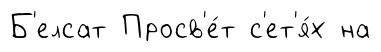
Б'елсат Просв'е́т с'ет'я́х на